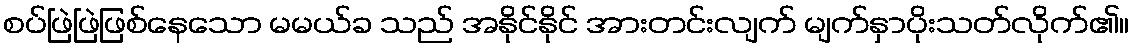
စပ်ဖြဲဖြဲဖြစ်နေသော မမယ်ခ သည် အနိုင်နိုင် အားတင်းလျက် မျက်နှာပိုးသတ်လိုက်၏။